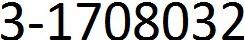
3-1708032